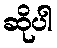
ဆိုပါ